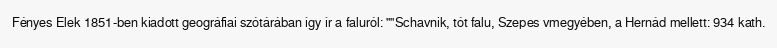
Fényes Elek 1851-ben kiadott geográfiai szótárában így ír a faluról: ""Schavnik, tót falu, Szepes vmegyében, a Hernád mellett: 934 kath.